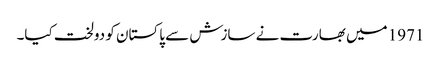
1971 میں بھارت نے سازش سے پاکستان کو دولخت کیا۔